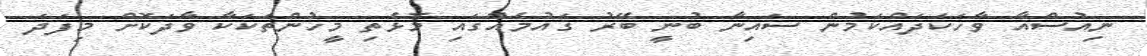
ނިއުސްއާ ވާހަކަދައްކަމުން ސައިނާ ބުނީ ބޭރު ޤައުމެއްގައި މޮޅެތި މީހުންތަކަކާ ވާދަކޮށް މިފަދަ